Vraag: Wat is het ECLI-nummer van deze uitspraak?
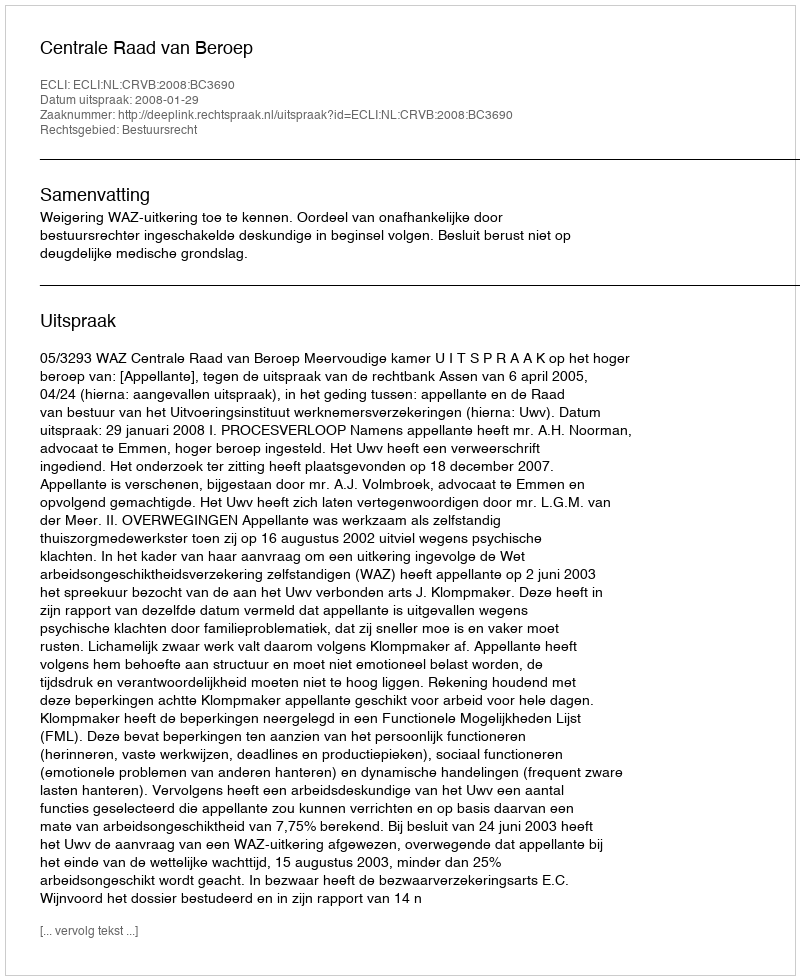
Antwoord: ECLI:NL:CRVB:2008:BC3690